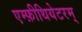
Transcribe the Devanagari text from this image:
एम्फ़ीथियेटरम्